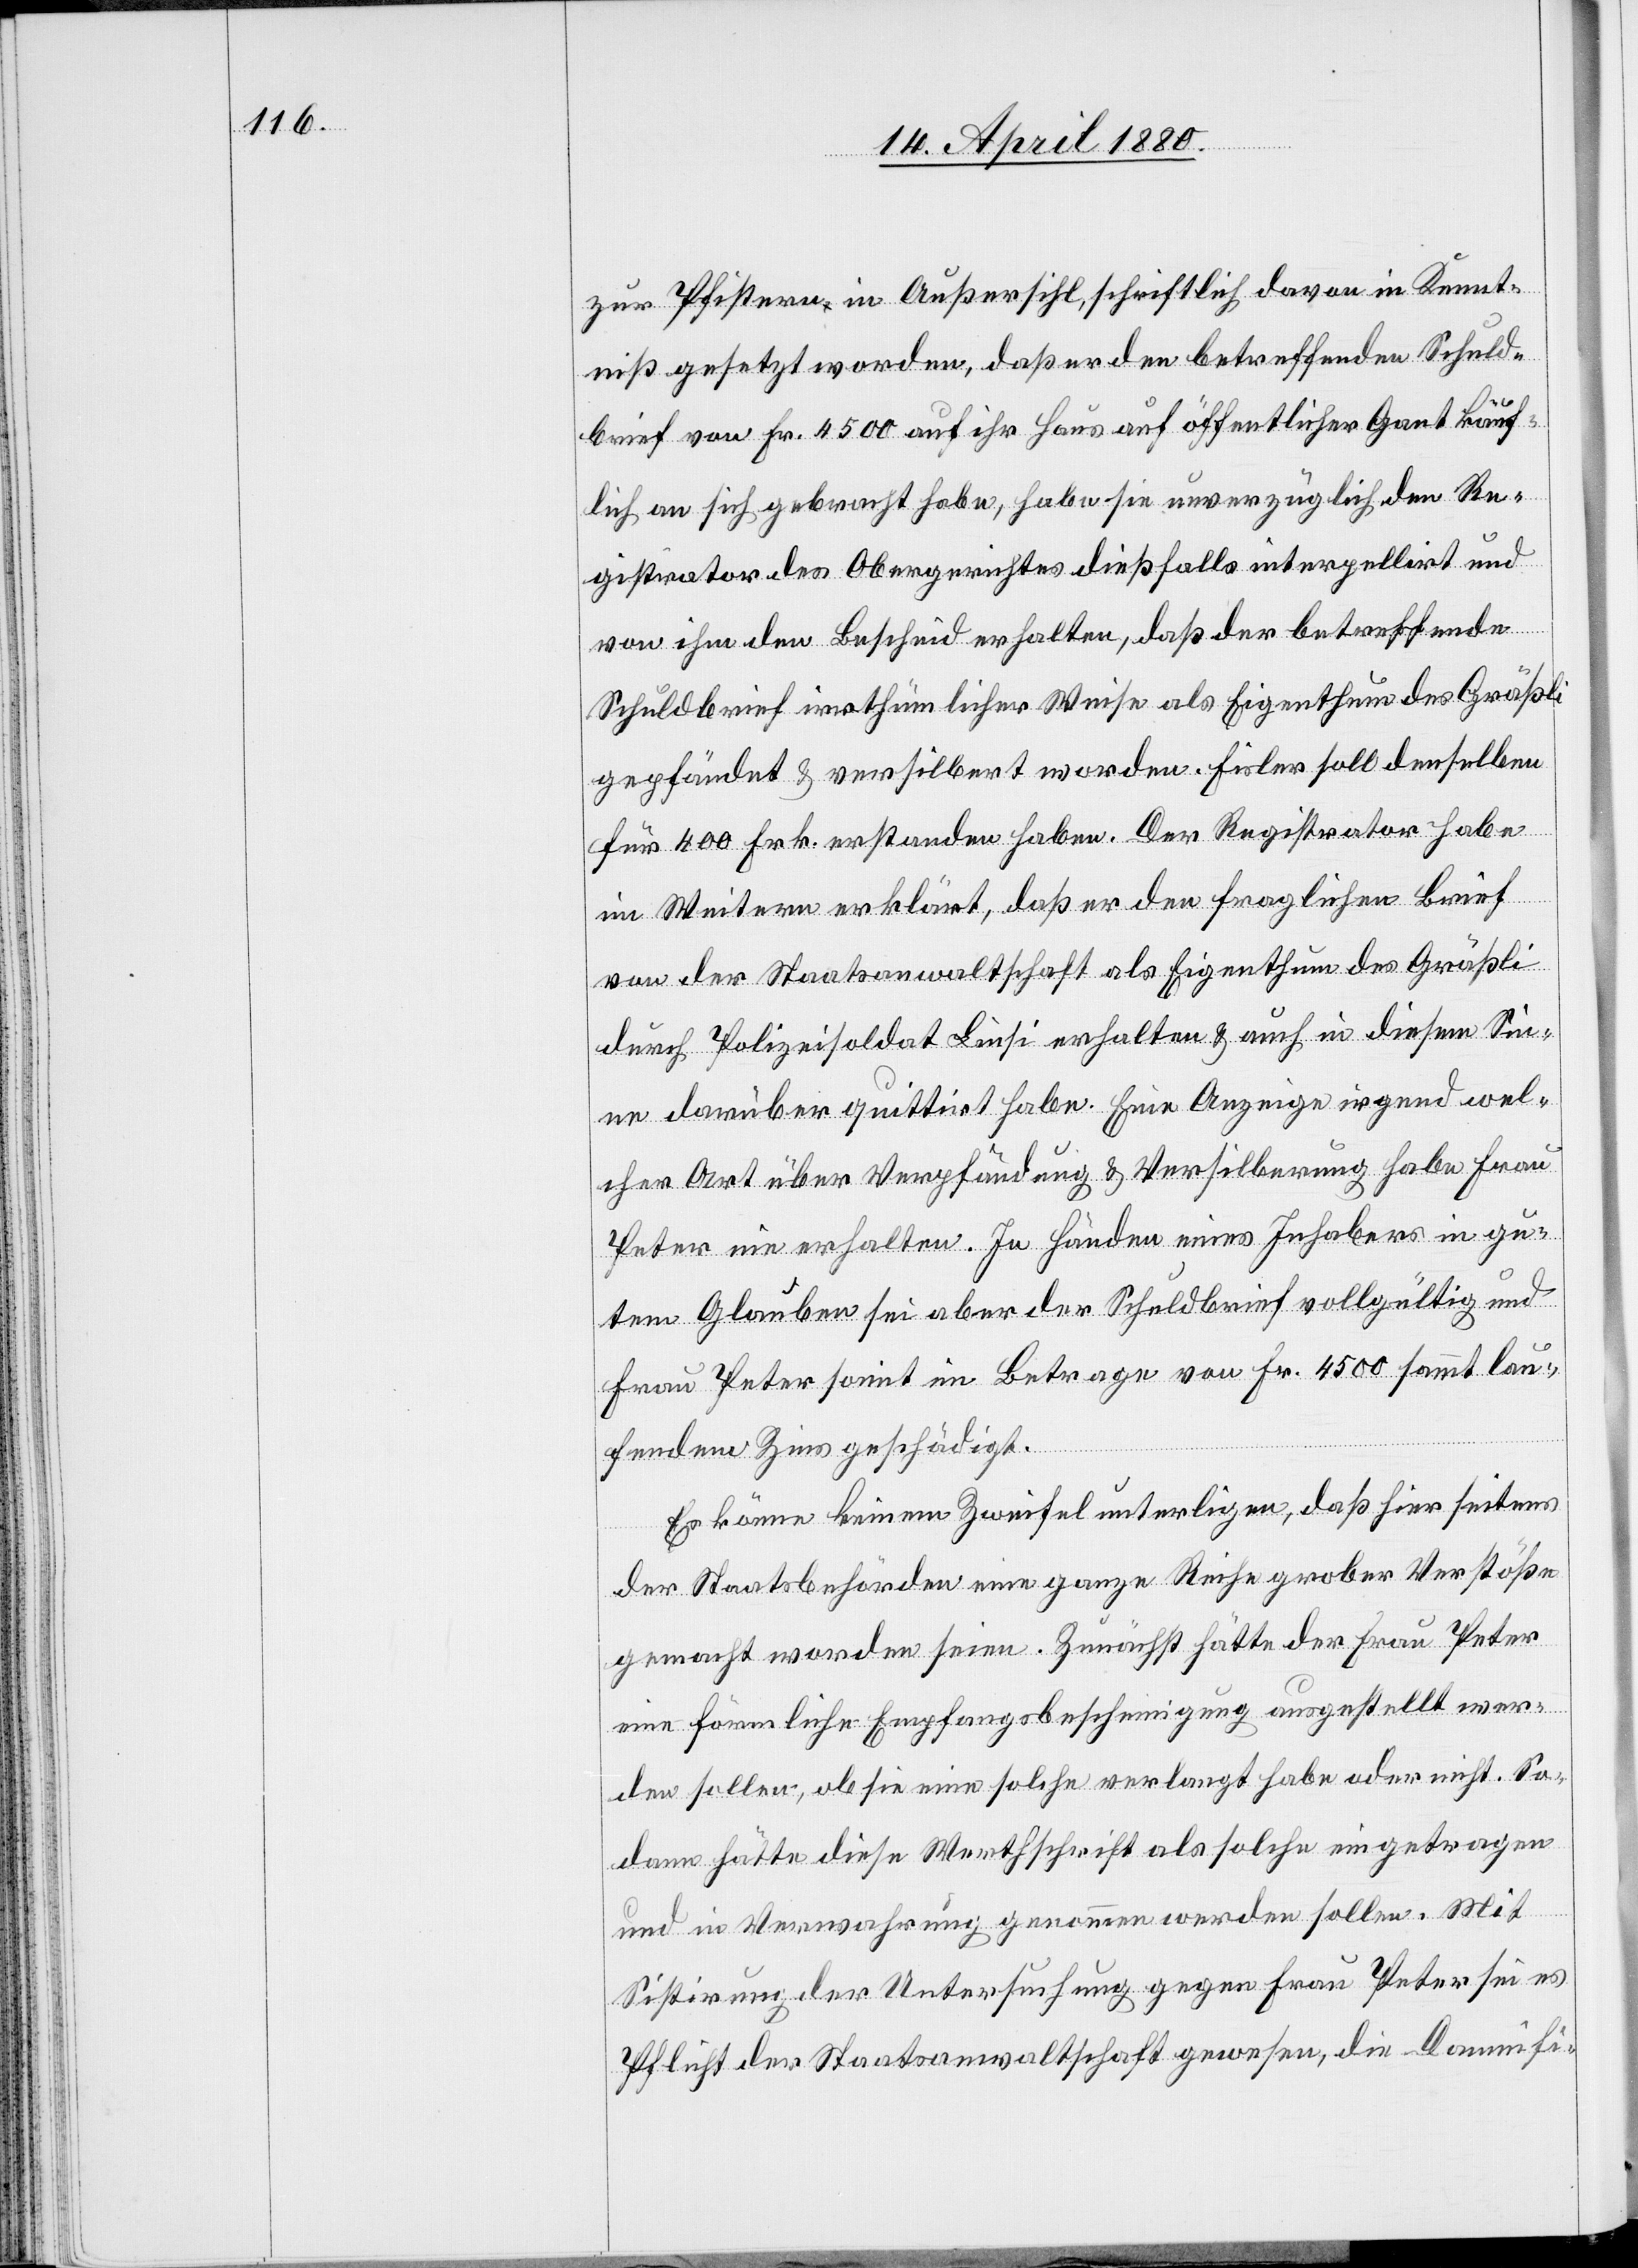
zur Pfistern, in Außersihl, schriftlich davon in Kennt¬
niß gesetzt worden, daß er den betreffenden Schuld¬
brief von Fr. 4500 auf ihr Haus auf öffentlicher Gant käuf¬
lich an sich gebracht habe, habe sie unverzüglich den Re¬
gistrator des Obergerichtes dießfalls interpellirt und
von ihm den Bescheid erhalten, daß der betreffende
Schuldbrief irrthümlicher Weise als Eigenthum der Gräßli
gepfändet & versilbert worden. Fisler soll denselben
für 400 Fr. erstanden haben. Der Registrator habe
im Weitern erklärt, daß er den fraglichen Brief
von der Staatsanwaltschaft als Eigenthum des Gräßli
durch Polizeisoldat Liesi erhalten & auch in diesem Sin¬
ne darüber quittirt habe. Eine Anzeige irgend wel¬
cher Art über Verpfändung & Versilberung habe Frau
Peter nie erhalten. In Händen eines Inhabers in gu¬
tem Glauben sei aber der Schuldbrief vollgültig und
Frau Peter somit im Betrage von Fr. 4500 sammt lau¬
fendem Zins geschädigt.
Es könne keinem Zweifel unterliegen, daß hier seitens
der Staatsbehörden eine ganze Reihe grober Verstöße
gemacht worden seien. Zunächst hätte der Frau Peter
eine förmliche Empfangsbescheinigung ausgestellt wer¬
den sollen, ob sie eine solche verlangt habe oder nicht. So¬
dann hätte diese Werthschrift als solche eingetragen
und in Verwahrung genommen werden sollen. Mit
Sistirung der Untersuchung gegen Frau Peter sei es
Pflicht der Staatsanwaltschaft gewesen, die Damnifi-